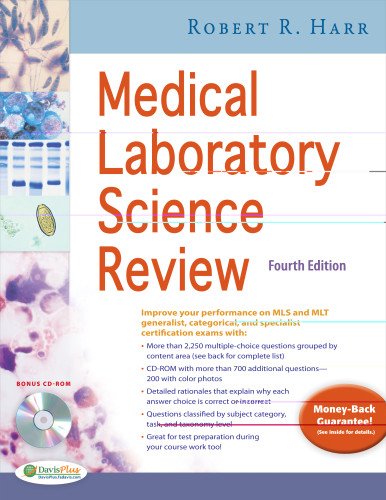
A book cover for Medical Laboratory Science Review; Robert R. Harr MS  MLS (ASCP); Test Preparation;